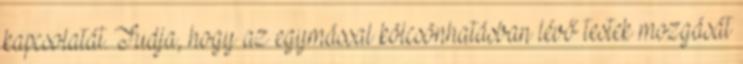
kapcsolatát. Tudja, hogy az egymással kölcsönhatásban lévő testek mozgását